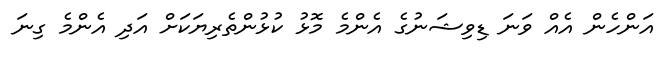
އަންހެން އެއް ވަނަ ޑިވިޝަނުގެ އެންމެ މޮޅު ކުޅުންތެރިޔަކަށް އަދި އެންމެ ގިނަ